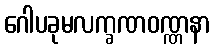
ဂေါပခုမလက္ခဏဝဏ္ဏနာ